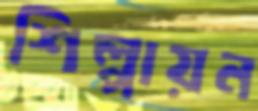
শিল্পায়ন